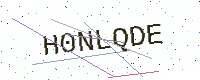
Text: H0NLQDE